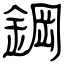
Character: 鋼